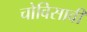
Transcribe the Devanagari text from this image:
चोविसावी